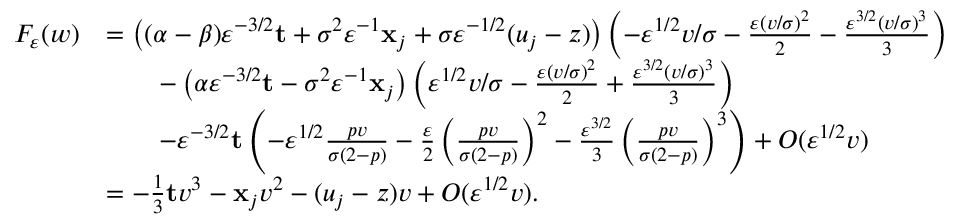
\begin{array} { r l } { F _ { \varepsilon } ( w ) } & { = \left( ( \alpha - \beta ) \varepsilon ^ { - 3 / 2 } \mathbf { t } + \sigma ^ { 2 } \varepsilon ^ { - 1 } \mathbf { x } _ { j } + \sigma \varepsilon ^ { - 1 / 2 } ( u _ { j } - z ) \right) \left( - \varepsilon ^ { 1 / 2 } v / \sigma - \frac { \varepsilon ( v / \sigma ) ^ { 2 } } { 2 } - \frac { \varepsilon ^ { 3 / 2 } ( v / \sigma ) ^ { 3 } } { 3 } \right) } \\ & { \qquad - \left( \alpha \varepsilon ^ { - 3 / 2 } \mathbf { t } - \sigma ^ { 2 } \varepsilon ^ { - 1 } \mathbf { x } _ { j } \right) \left( \varepsilon ^ { 1 / 2 } v / \sigma - \frac { \varepsilon ( v / \sigma ) ^ { 2 } } { 2 } + \frac { \varepsilon ^ { 3 / 2 } ( v / \sigma ) ^ { 3 } } { 3 } \right) } \\ & { \qquad - \varepsilon ^ { - 3 / 2 } \mathbf { t } \left( - \varepsilon ^ { 1 / 2 } \frac { p v } { \sigma ( 2 - p ) } - \frac { \varepsilon } { 2 } \left( \frac { p v } { \sigma ( 2 - p ) } \right) ^ { 2 } - \frac { \varepsilon ^ { 3 / 2 } } { 3 } \left( \frac { p v } { \sigma ( 2 - p ) } \right) ^ { 3 } \right) + O ( \varepsilon ^ { 1 / 2 } v ) } \\ & { = - \frac { 1 } { 3 } \mathbf { t } v ^ { 3 } - \mathbf { x } _ { j } v ^ { 2 } - ( u _ { j } - z ) v + O ( \varepsilon ^ { 1 / 2 } v ) . } \end{array}